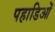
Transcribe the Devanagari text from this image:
पहाडिओं